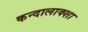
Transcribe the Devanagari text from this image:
कन्दालाक्शा